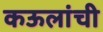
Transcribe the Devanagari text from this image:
कऊलांची